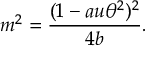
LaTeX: m ^ { 2 } = \frac { ( 1 - a u \theta ^ { 2 } ) ^ { 2 } } { 4 b } .